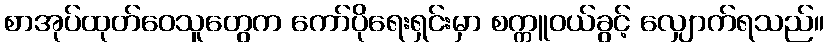
စာအုပ်ထုတ်ဝေသူတွေက ကော်ပိုရေးရှင်းမှာ စက္ကူဝယ်ခွင့် လျှောက်ရသည်။